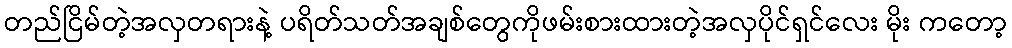
တည်ငြိမ်တဲ့အလှတရားနဲ့ ပရိတ်သတ်အချစ်တွေကိုဖမ်းစားထားတဲ့အလှပိုင်ရှင်လေး မိုး ကတော့